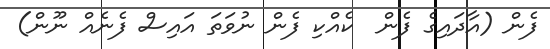
ފެން (އާދައިގެ ފެން  ކެއްކި ފެން ނުވަތަ އައިސް ފެނެއް ނޫން)